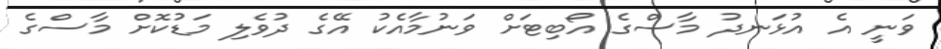
ވަނީ އެ އުޅަނދު މާސްގެ އޯބިޓަށް ވަނުމާއެކު އޭގެ ދުވެލި މަޑުކޮށް މާސްގެ